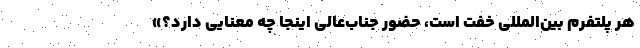
هر پلتفرم بین‌المللی خفت است، حضور جناب‌عالی اینجا چه معنایی دارد؟»